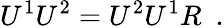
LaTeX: U^{1}U^{2}=U^{2}U^{1}R\ \ .